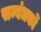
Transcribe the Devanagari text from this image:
सम्बंधकों